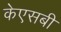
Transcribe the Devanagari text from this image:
केएसबी